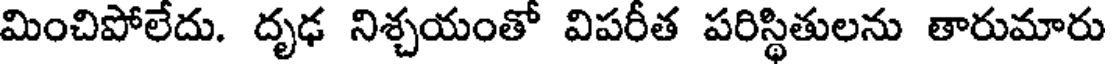
మించిపోలేదు. దృఢ నిశ్చయంతో విపరీత పరిస్థితులను తారుమారు